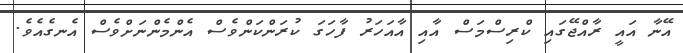
އޭނާ އައީ ރާއްޖޭގައި ކްރިސްމަސް އާއި އާއަހަރު ފާހަގަ ކުރަންކަންވެސް އެންމެންނަށްވެސް އެނގެއެވެ.